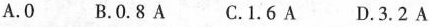
A.0 B.0.8A C.1.6A D.3.2A